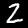
Digit: 2